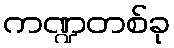
ကဏ္ဍတစ်ခု